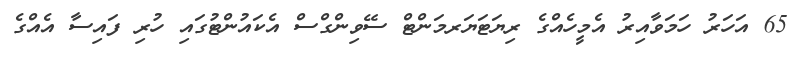
65 އަހަރު ހަމަވާއިރު އެމީހެއްގެ ރިޔަޓަޔަރމަންޓް ސޭވިންގްސް އެކައުންޓުގައި ހުރި ފައިސާ އެއްގެ